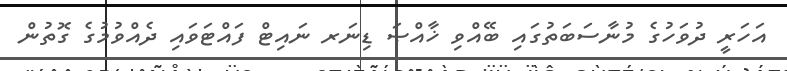
އަހަރީ ދުވަހުގެ މުނާސަބަތުގައި ބޭއްވި ޚާއްޞަ ޑިނަރ ނައިޓް ފައްޓަވައި ދެއްވުމުގެ ގޮތުން